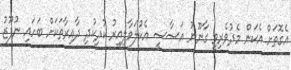
އެގޮތަށް އެކަން މެދުވެރިވީ ގާނޫނު އަސާސީ އެކުލަވާލިއިރު ކުދިކުދި ދާއިރާތަކަށް ބަހައި ނުފޫޒު